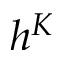
h ^ { K }